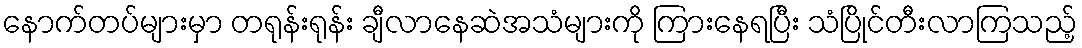
နောက်တပ်များမှာ တရုန်းရုန်း ချီလာနေဆဲအသံများကို ကြားနေရပြီး သံပြိုင်တီးလာကြသည့်